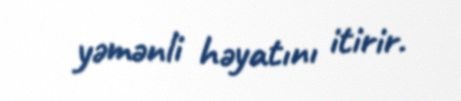
yəmənli həyatını itirir.